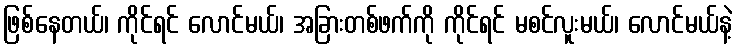
ဖြစ်နေတယ်၊ ကိုင်ရင် လောင်မယ်၊ အခြားတစ်ဖက်ကို ကိုင်ရင် မစင်လူးမယ်၊ လောင်မယ်နဲ့